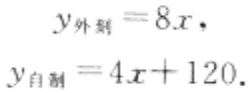
\[
y_{ 外购 } = 8x, \\
y_{ 自制 } = 4x + 120.
\]